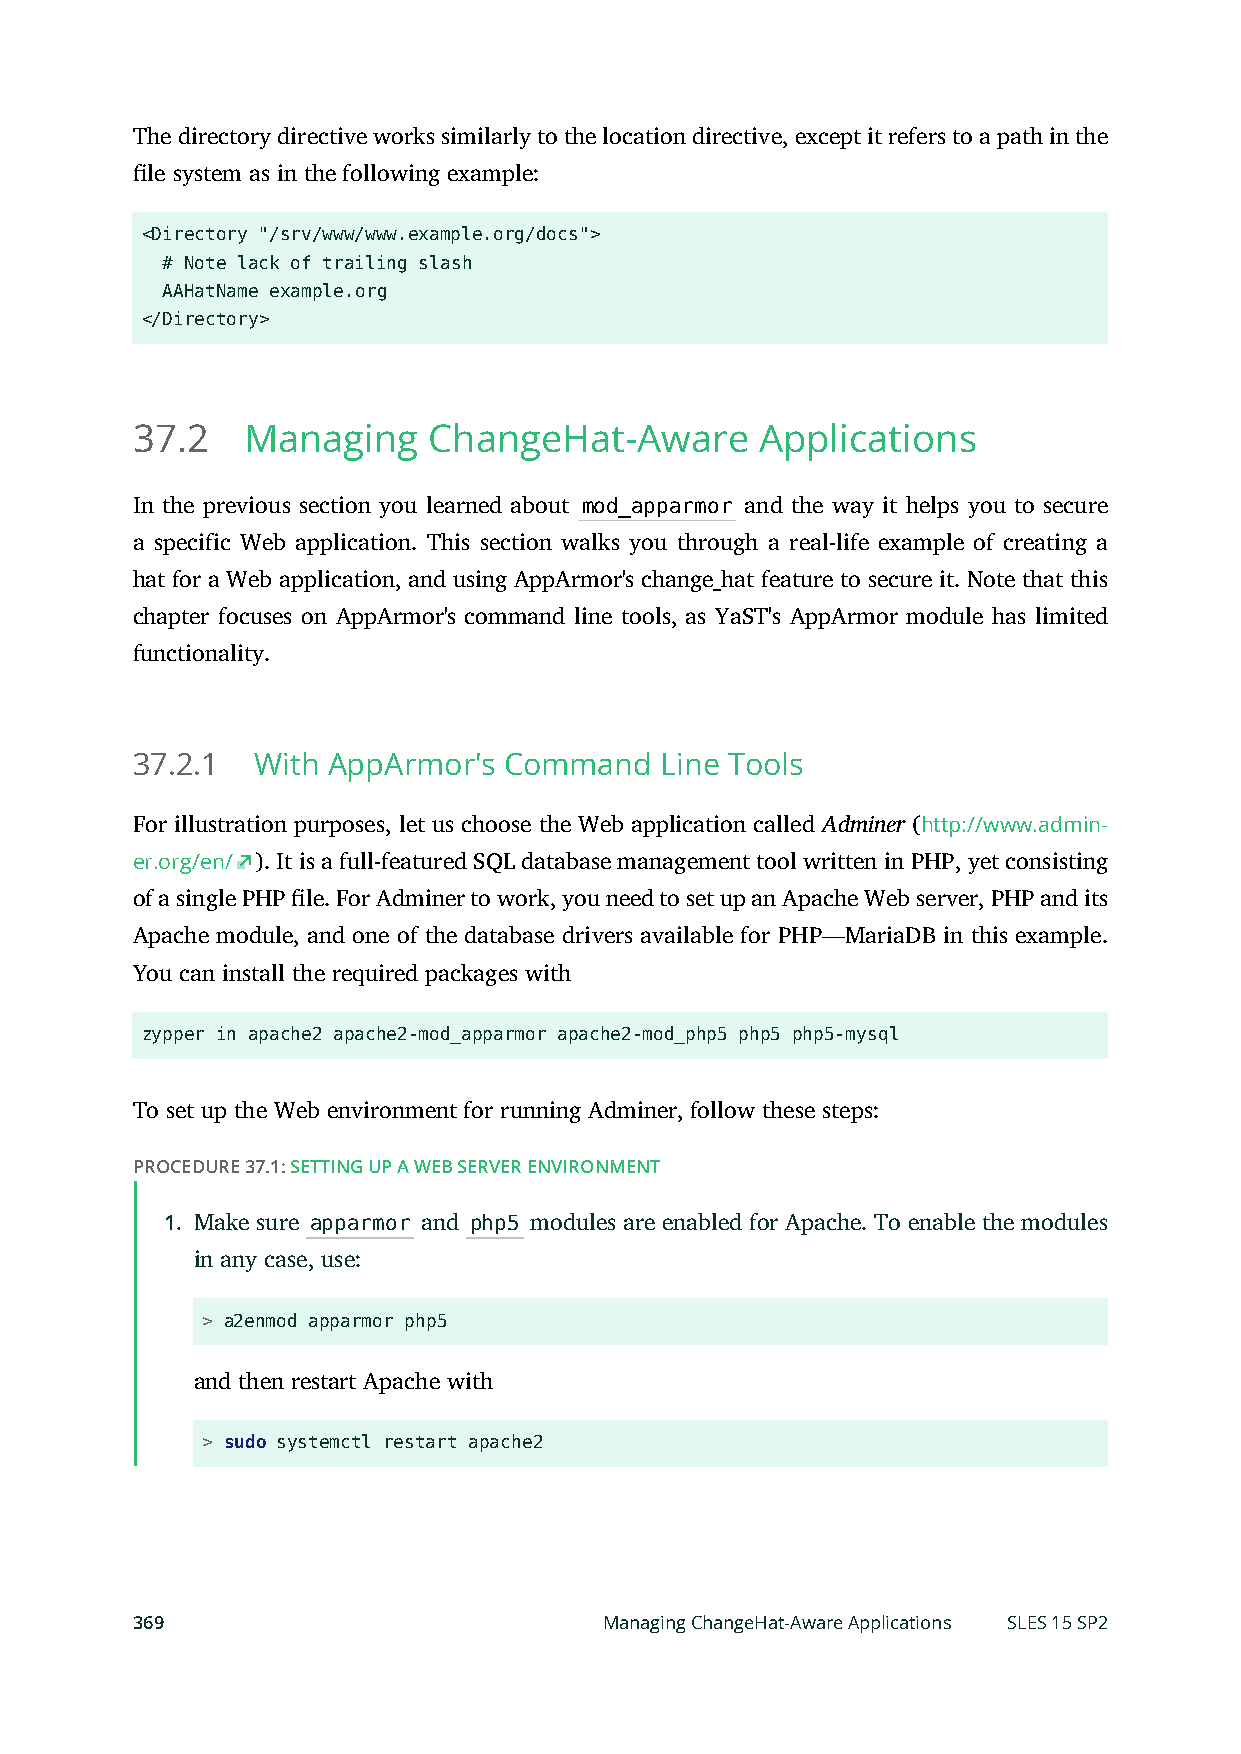
The directory directive works similarly to the location directive, except it refers to a path in the
 le system as in the following example:
 <Directory "/srv/www/www.example.org/docs">
 # Note lack of trailing slash
 AAHatName example.org
 </Directory>
 37.2   Managing    ChangeHat-Aware       Applications
 In the previous section you learned about mod_apparmor and the way it helps you to secure
 a specific Web application. This section walks you through a real-life example of creating a
 hat for a Web application, and using AppArmor's change_hat feature to secure it. Note that this
 chapter focuses on AppArmor's command line tools, as YaST's AppArmor module has limited
 functionality.
 37.2.1  With AppArmor's Command    Line Tools
 For illustration purposes, let us choose the Web application called Adminer (http://www.admin-
 er.org/en/ ). It is a full-featured SQL database management tool written in PHP, yet consisting
 of a single PHP le. For Adminer to work, you need to set up an Apache Web server, PHP and its
 Apache module, and one of the database drivers available for PHP—MariaDB in this example.
 You can install the required packages with
 zypper in apache2 apache2-mod_apparmor apache2-mod_php5 php5 php5-mysql
 To set up the Web environment for running Adminer, follow these steps:
 PROCEDURE 37.1: SETTING UP A WEB SERVER ENVIRONMENT
 1. Make sure apparmor and php5 modules are enabled for Apache. To enable the modules
 in any case, use:
 > a2enmod apparmor php5
 and then restart Apache with
 > sudo systemctl restart apache2
 369                            Managing ChangeHat-Aware Applications SLES 15 SP2